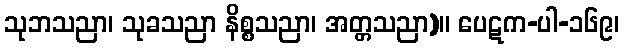
သုဘသညာ၊ သုခသညာ နိစ္စသညာ၊ အတ္တသညာ)။ ပေဋက-ပါ-၁၆၉၊